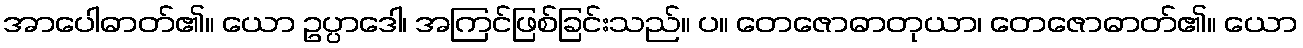
အာပေါဓာတ်၏။ ယော ဥပ္ပာဒေါ၊ အကြင်ဖြစ်ခြင်းသည်။ ပ။ တေဇောဓာတုယာ၊ တေဇောဓာတ်၏။ ယော